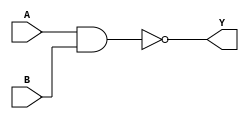
//2023-10-21
//
`timescale 1ns/10ps
module nand_gate (
    A,
    B,
    Y
);
    input  A;
    input  B;
    output Y;
    
    assign Y=~(A&B);

endmodule



//testbench
module nand_gate_tb ;
    reg aa,bb;
    wire yy;
    nand_gate nand_gate (
        .A(aa),
        .B(bb),
        .Y(yy)
    );
    initial begin
        aa<=0;bb<=0;//
        //
        #10 aa<=0;bb<=1;
        #10 aa<=1;bb<=0;
        #10 aa<=1;bb<=1;
        #10 $stop;
    end

endmodule